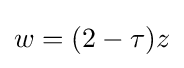
w=(2-\tau )z